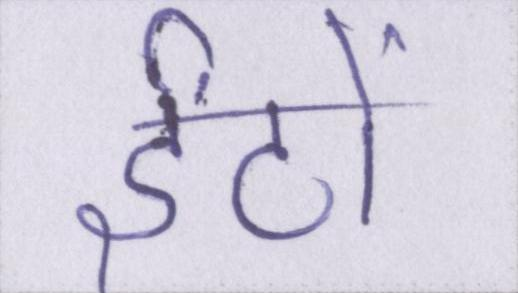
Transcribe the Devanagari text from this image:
ईंटों